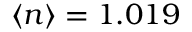
\langle n \rangle = 1 . 0 1 9